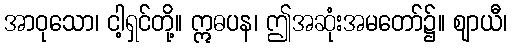
အာဝုသော၊ ငါ့ရှင်တို့။ ဣဓပန၊ ဤအဆုံးအမတော်၌။ ဈာယီ၊